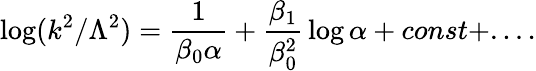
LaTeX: \log(k^{2}/\Lambda^{2})={\frac{1}{\beta_{0}\alpha}}+{\frac{\beta_{1}}{\beta_{0}^{2}}}\log\alpha+const+....